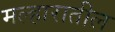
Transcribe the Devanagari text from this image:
मल्हारातील